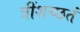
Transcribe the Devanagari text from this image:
त्रींशच्छतं